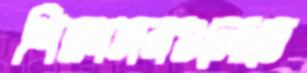
শিক্ষাঙ্গনগুলোতে